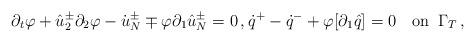
LaTeX: \begin{align*}\partial_t\varphi+\hat{u}^\pm_2\partial_2\varphi-\dot{u}^\pm_N\mp\varphi\partial_1\hat{u}^\pm_N=0\,,\dot{q}^+-\dot{q}^-+\varphi[\partial_1\hat{q}]=0 \quad\mbox{on}\,\,\,\Gamma_T\,,\end{align*}